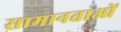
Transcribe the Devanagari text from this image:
सामानताओं